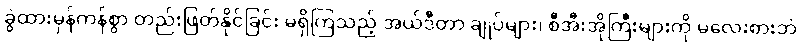
ခွဲထားမှန်ကန်စွာ တည်းဖြတ်နိုင်ခြင်း မရှိကြသည့် အယ်ဒီတာ ချုပ်များ၊ စီအီးအိုကြီးများကို မလေးစားဘဲ